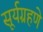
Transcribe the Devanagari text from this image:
सूर्यग्रहणे